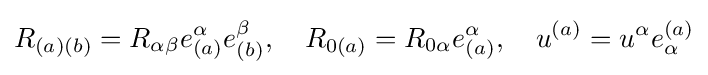
R_{(a)(b)}=R_{\alpha \beta }e_{(a)}^{\alpha }e_{(b)}^{\beta },\quad R_{0(a)}=R_{0\alpha }e_{(a)}^{\alpha },\quad u^{(a)}=u^{\alpha }e_{\alpha }^{(a)}